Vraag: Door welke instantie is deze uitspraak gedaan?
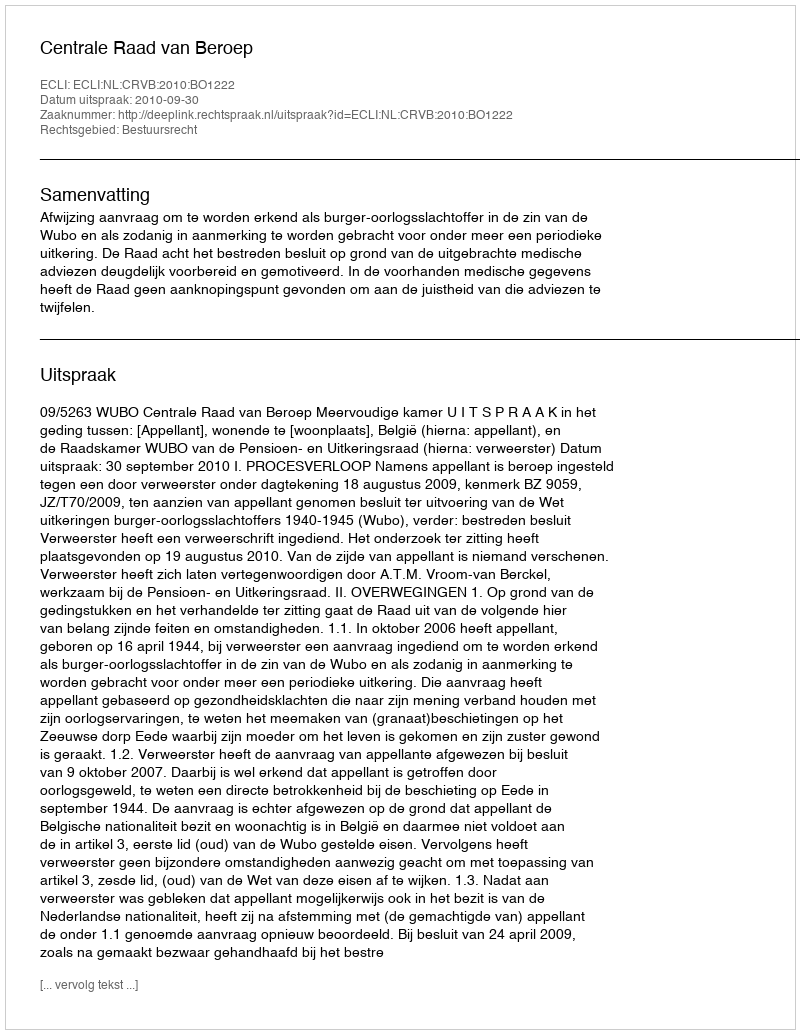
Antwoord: Centrale Raad van Beroep